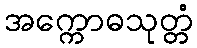
အက္ကောဓသုတ္တံ